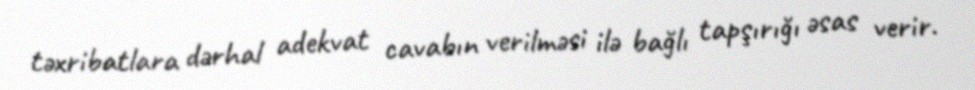
təxribatlara dərhal adekvat cavabın verilməsi ilə bağlı tapşırığı əsas verir.